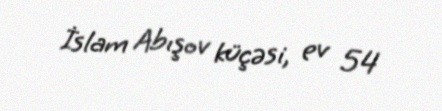
İslam Abışov küçəsi, ev 54